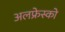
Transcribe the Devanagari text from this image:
अलफ्रेस्को